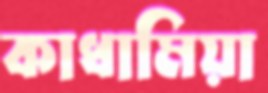
কাধামিয়া